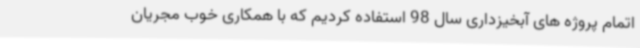
اتمام پروژه های آبخیزداری سال 98 استفاده کردیم که با همکاری خوب مجریان